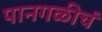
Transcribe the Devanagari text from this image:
पानगळीचं